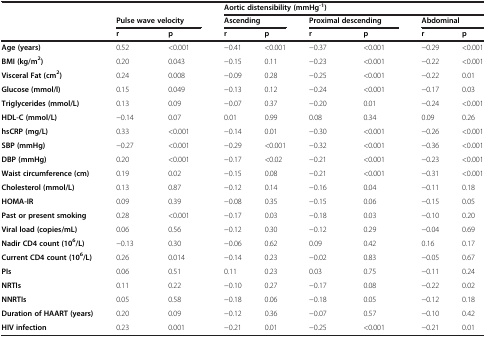
<table><thead><tr><td><b> </b></td><td><b> </b></td><td><b> </b></td><td colspan="6"><b>Aortic distensibility (mmHg<sup>-1</sup>)</b></td></tr><tr><td><b> </b></td><td colspan="2"><b>Pulse wave velocity</b></td><td colspan="2"><b>Ascending</b></td><td colspan="2"><b>Proximal descending</b></td><td colspan="2"><b>Abdominal</b></td></tr><tr><td><b> </b></td><td><b>r</b></td><td><b>p</b></td><td><b>r</b></td><td><b>p</b></td><td><b>r</b></td><td><b>p</b></td><td><b>r</b></td><td><b>p</b></td></tr></thead><tbody><tr><td><b>Age (years)</b></td><td>0.52</td><td>&lt;0.001</td><td>−0.41</td><td>&lt;0.001</td><td>−0.37</td><td>&lt;0.001</td><td>−0.29</td><td>&lt;0.001</td></tr><tr><td><b>BMI (kg/m</b><sup><b>2</b></sup><b>)</b></td><td>0.20</td><td>0.043</td><td>−0.15</td><td>0.11</td><td>−0.23</td><td>&lt;0.001</td><td>−0.22</td><td>&lt;0.001</td></tr><tr><td><b>Visceral Fat (cm</b><sup><b>2</b></sup><b>)</b></td><td>0.24</td><td>0.008</td><td>−0.09</td><td>0.28</td><td>−0.25</td><td>&lt;0.001</td><td>−0.22</td><td>0.01</td></tr><tr><td><b>Glucose (mmol/l)</b></td><td>0.15</td><td>0.049</td><td>−0.13</td><td>0.12</td><td>−0.24</td><td>&lt;0.001</td><td>−0.17</td><td>0.03</td></tr><tr><td><b>Triglycerides (mmol/L)</b></td><td>0.13</td><td>0.09</td><td>−0.07</td><td>0.37</td><td>−0.20</td><td>0.01</td><td>−0.24</td><td>&lt;0.001</td></tr><tr><td><b>HDL-C (mmol/L)</b></td><td>−0.14</td><td>0.07</td><td>0.01</td><td>0.99</td><td>0.08</td><td>0.34</td><td>0.09</td><td>0.26</td></tr><tr><td><b>hsCRP (mg/L)</b></td><td>0.33</td><td>&lt;0.001</td><td>−0.14</td><td>0.01</td><td>−0.30</td><td>&lt;0.001</td><td>−0.26</td><td>&lt;0.001</td></tr><tr><td><b>SBP (mmHg)</b></td><td>−0.27</td><td>&lt;0.001</td><td>−0.29</td><td>&lt;0.001</td><td>−0.32</td><td>&lt;0.001</td><td>−0.36</td><td>&lt;0.001</td></tr><tr><td><b>DBP (mmHg)</b></td><td>0.20</td><td>&lt;0.001</td><td>−0.17</td><td>&lt;0.02</td><td>−0.21</td><td>&lt;0.001</td><td>−0.23</td><td>&lt;0.001</td></tr><tr><td><b>Waist circumference (cm)</b></td><td>0.19</td><td>0.02</td><td>−0.15</td><td>0.08</td><td>−0.21</td><td>&lt;0.001</td><td>−0.31</td><td>&lt;0.001</td></tr><tr><td><b>Cholesterol (mmol/L)</b></td><td>0.13</td><td>0.87</td><td>−0.12</td><td>0.14</td><td>−0.16</td><td>0.04</td><td>−0.11</td><td>0.18</td></tr><tr><td><b>HOMA-IR</b></td><td>0.09</td><td>0.39</td><td>−0.08</td><td>0.35</td><td>−0.15</td><td>0.06</td><td>−0.15</td><td>0.05</td></tr><tr><td><b>Past or present smoking</b></td><td>0.28</td><td>&lt;0.001</td><td>−0.17</td><td>0.03</td><td>−0.18</td><td>0.03</td><td>−0.10</td><td>0.20</td></tr><tr><td><b>Viral load (copies/mL)</b></td><td>0.06</td><td>0.56</td><td>−0.12</td><td>0.30</td><td>−0.12</td><td>0.29</td><td>−0.04</td><td>0.69</td></tr><tr><td><b>Nadir CD4 count (10</b><sup><b>6</b></sup><b>/L)</b></td><td>−0.13</td><td>0.30</td><td>−0.06</td><td>0.62</td><td>0.09</td><td>0.42</td><td>0.16</td><td>0.17</td></tr><tr><td><b>Current CD4 count (10</b><sup><b>6</b></sup><b>/L)</b></td><td>0.26</td><td>0.014</td><td>−0.14</td><td>0.23</td><td>−0.02</td><td>0.83</td><td>−0.05</td><td>0.67</td></tr><tr><td><b>PIs</b></td><td>0.06</td><td>0.51</td><td>0.11</td><td>0.23</td><td>0.03</td><td>0.75</td><td>−0.11</td><td>0.24</td></tr><tr><td><b>NRTIs</b></td><td>0.11</td><td>0.22</td><td>−0.10</td><td>0.27</td><td>−0.17</td><td>0.08</td><td>−0.22</td><td>0.02</td></tr><tr><td><b>NNRTIs</b></td><td>0.05</td><td>0.58</td><td>−0.18</td><td>0.06</td><td>−0.18</td><td>0.05</td><td>−0.12</td><td>0.18</td></tr><tr><td><b>Duration of HAART (years)</b></td><td>0.20</td><td>0.09</td><td>−0.12</td><td>0.36</td><td>−0.07</td><td>0.57</td><td>−0.10</td><td>0.42</td></tr><tr><td><b>HIV infection</b></td><td>0.23</td><td>0.001</td><td>−0.21</td><td>0.01</td><td>−0.25</td><td>&lt;0.001</td><td>−0.21</td><td>0.01</td></tr></tbody></table>